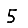
Digit: 5